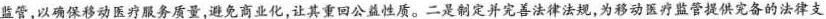
监管,以确保移动医疗服务质量,避免商业化,让其重回公益性质。二是制定并完善法律法规,为移动医疗监管提供究备的法律支